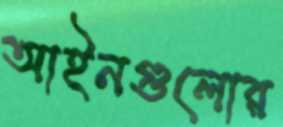
আইনগুলোর